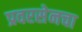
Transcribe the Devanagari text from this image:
प्रवरसेनचा